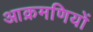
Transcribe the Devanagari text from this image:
आक्रमणियों